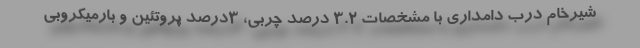
شیرخام درب دامداری با مشخصات ۳.۲ درصد چربی، ۳درصد پروتئین و بارمیکروبی